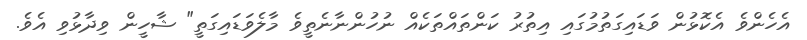
އެހެންވެ އެކޮޅުން ވަޑައިގަތުމުގައި އިތުރު ކަންތައްތަކެއް ނުހުންނާނެތީވެ މާލެވަޑައިގަތީ" ޝާހީން ވިދާޅުވި އެވެ.